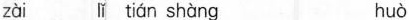
zài lǐ tián shàng huò